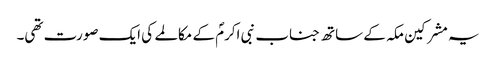
یہ مشرکین مکہ کے ساتھ جناب نبی اکرمؐ کے مکالمے کی ایک صورت تھی۔